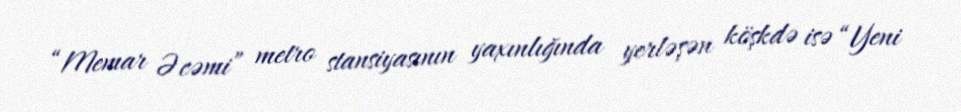
“Memar Əcəmi” metro stansiyasının yaxınlığında yerləşən köşkdə isə “Yeni